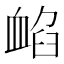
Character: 䘓